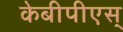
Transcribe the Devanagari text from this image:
केबीपीएस्‌